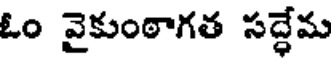
ఓం వైకుంఠాగత సద్దేమ